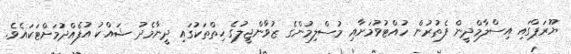
ޔޫރަޕްގައި އިސްލާމްދީން ފެތުރުން ހުއްޓުވުމަށާއި މުސްލިމުންގެ ޒުވާންޖީލުގެ ހިތްތަކުގައި ދީނާމެދު ޝައްކު އުފެއްދުމަށްޓަކައެވެ.